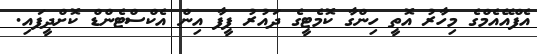
އެފްއޭއެމްގެ މިހާރު އޮތީ ހިންގާ ކޮމެޓީގެ ދައުރު ފީފާ އިން އެކްސްޓެންޑް ކޮށްދީފައި.